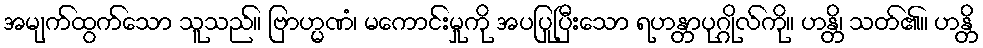
အမျက်ထွက်သော သူသည်။ ဗြာဟ္မဏံ၊ မကောင်းမှုကို အပပြုပြီးသော ရဟန္တာပုဂ္ဂိုလ်ကို။ ဟန္တိ၊ သတ်၏။ ဟန္တိ